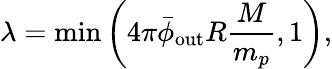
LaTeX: \lambda=\operatorname*{min}\left(4\pi\bar{\phi}_{\mathrm{out}}R\frac{M}{m_{p}},1\right),